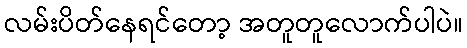
လမ်းပိတ်နေရင်တော့ အတူတူလောက်ပါပဲ။